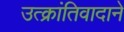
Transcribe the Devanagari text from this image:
उत्क्रांतिवादाने